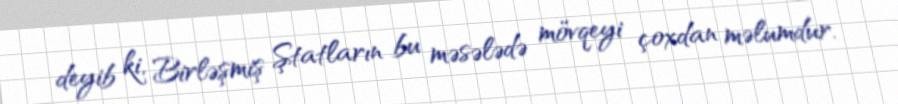
deyib ki, Birləşmiş Ştatların bu məsələdə mövqeyi çoxdan məlumdur.